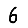
Digit: 6